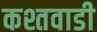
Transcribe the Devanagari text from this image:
कश्तवाडी